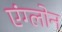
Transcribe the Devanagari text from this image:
एंग्लोन